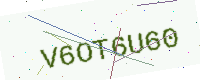
Text: V6OT6U60